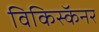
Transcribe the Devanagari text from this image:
विकिस्कॅनर